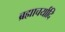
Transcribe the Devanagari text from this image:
ब्रह्माचर्यादि